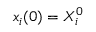
x _ { i } ( 0 ) = X _ { i } ^ { 0 }